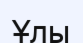
Ұлы